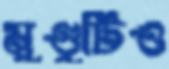
মুণ্ডুটিও